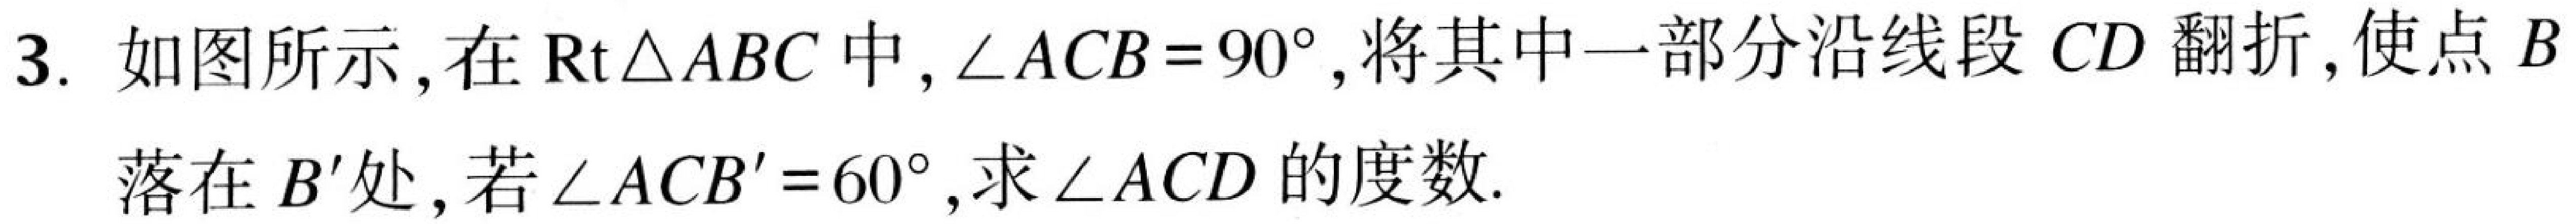
3. 如图所示,在\(\text{Rt}\triangle ABC\)中,\(\angle ACB = 90^{\circ}\),将其中一部分沿线段\(CD\)翻折,使点\(B\)落在\(B'\)处,若\(\angle ACB' = 60^{\circ}\),求\(\angle ACD\)的度数.